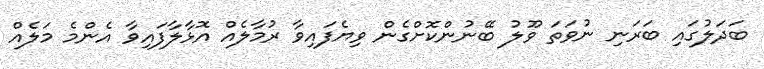
ބަދަލުގައި ބަރަނި ނުވަތަ ވޫލު ބޭނުންކޮށްގެން ވިޔެފައިވާ ރުމާލެއް އޮޅާލާފައިވާ އެންމެ މަލެއް